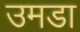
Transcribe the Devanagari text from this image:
उमडा